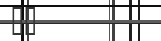
٣٠